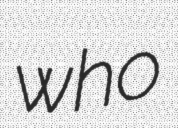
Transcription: who